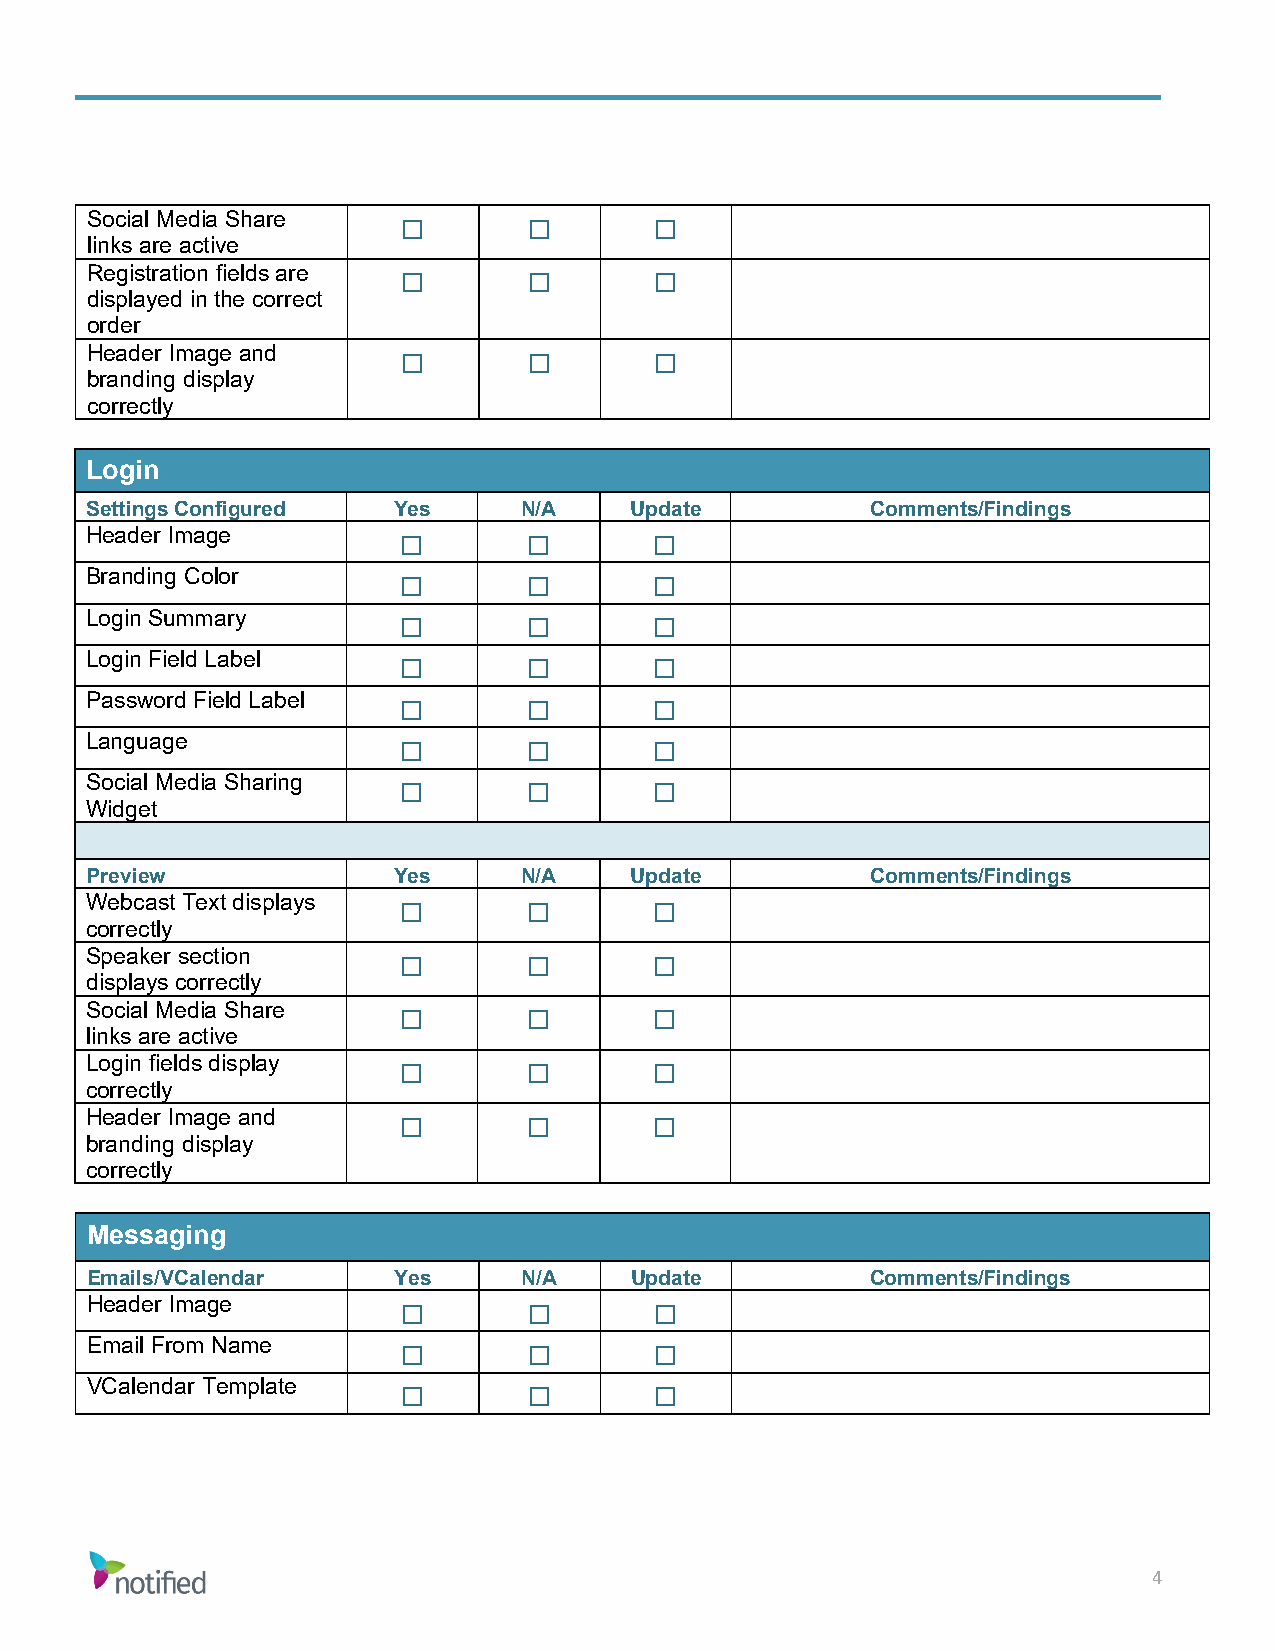
Social Media Share
 links are active     ☐       ☐       ☐
 Registration fields are
 displayed in the correct ☐   ☐       ☐
 order
 Header Image and
 branding display     ☐       ☐       ☐
 correctly
 Login
 Settings Configured Yes     N/A     Update          Comments/Findings
 Header Image
 ☐       ☐       ☐
 Branding Color
 ☐       ☐       ☐
 Login Summary
 ☐       ☐       ☐
 Login Field Label
 ☐       ☐       ☐
 Password Field Label
 ☐       ☐       ☐
 Language
 ☐       ☐       ☐
 Social Media Sharing
 Widget               ☐       ☐       ☐
 Preview             Yes     N/A     Update          Comments/Findings
 Webcast Text displays
 correctly            ☐       ☐       ☐
 Speaker section
 displays correctly   ☐       ☐       ☐
 Social Media Share
 links are active     ☐       ☐       ☐
 Login fields display
 correctly            ☐       ☐       ☐
 Header Image and
 branding display     ☐       ☐       ☐
 correctly
 Messaging
 Emails/VCalendar    Yes     N/A     Update          Comments/Findings
 Header Image
 ☐       ☐       ☐
 Email From Name
 ☐       ☐       ☐
 VCalendar Template
 ☐       ☐       ☐
 4